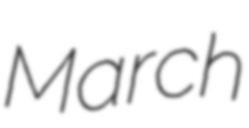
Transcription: March